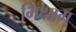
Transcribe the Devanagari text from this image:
भिक्षाम्